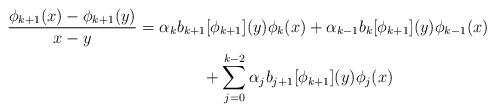
LaTeX: \begin{align*}\begin{aligned} \frac{\phi_{k+1}(x) - \phi_{k+1}(y)}{x-y} &= \alpha_kb_{k+1}[\phi_{k+1}](y)\phi_k(x) + \alpha_{k-1}b_{k}[\phi_{k+1}](y)\phi_{k-1}(x) \\ & \qquad\qquad+ \sum_{j=0}^{k-2} \alpha_jb_{j+1}[\phi_{k+1}](y)\phi_j(x)\end{aligned}\end{align*}